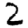
Digit: 2